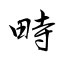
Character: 畤